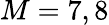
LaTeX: M=7,8